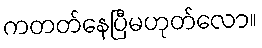
ကတတ်နေပြီမဟုတ်လော။